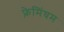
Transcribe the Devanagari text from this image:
फ़्रेमिंघम